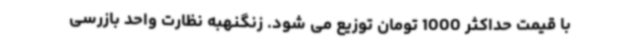
با قیمت حداکثر 1000 تومان توزیع می شود. زنگنهبه نظارت واحد بازرسی